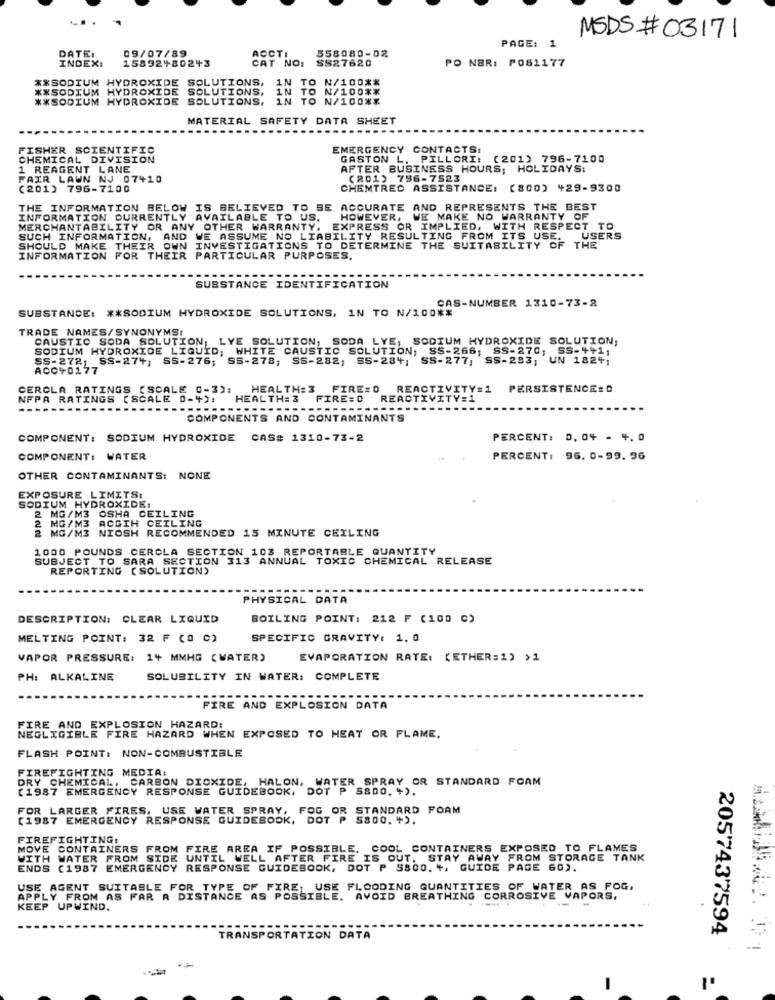
MSDS #03171
DATE:
ACCTI
PAGE: 1
INDEXI
15892480243
09/07/89
CAT NO:
558080-02
SS27620
PO NER: POS1177
** SODIUM HYDROXIDE SOLUTIONS, 1N TO N/100 **
** SODIUM HYDROXIDE SOLUTIONS, IN TO N/100 **
** SODIUM HYDROXIDE SOLUTIONS, IN TO N/100 **
N/100 **
MATERIAL SAFETY DATA SHEET
FISHER SCIENTIFIC
EMERGENCY CONTACTS:
CHEMICAL DIVISION
GASTON L. PILLORI: (201) 796-7100
1 REAGENT LANE
AFTER BUSINESS HOURS; HOLIDAYS:
FAIR LAWN NJ 07410
(201) 796-7523
(201) 796-7100
CHEMTREC ASSISTANCE: (800) 429-9300
THE INFORMATION BELOW IS BELIEVED TO BE ACCURATE AND REPRESENTS THE BEST
INFORMATION CURRENTLY AVAILABLE TO US.
HOWEVER, WE MAKE NO WARRANTY OF
MERCHANTABILITY OR ANY OTHER WARRANTY. EXPRESS OR IMPLIED, WITH RESPECT TO
SUCH INFORMATION, AND WE ASSUME NO LIABILITY RESULTING FROM ITS USE.
USERS
SHOULD MAKE THEIR OWN INVESTIGATIONS TO DETERMINE THE SUITABILITY OF THE
INFORMATION FOR THEIR PARTICULAR PURPOSES.
SUBSTANCE IDENTIFICATION
CAS-NUMBER 1310-73-2
SUBSTANCE: ** SODIUM HYDROXIDE SOLUTIONS, 1N TO N/100 **
TRADE NAMES/SYNONYMS:
CAUSTIC SODA SOLUTION; LYE SOLUTION, SODA LYE, SODIUM HYDROXIDE SOLUTION,
SODIUM HYDROXIDE LIQUID; WHITE CAUSTIC SOLUTION, SS-266; SS-270; SS-"#1;
SS-272; SS-274; SS-276; SS-278; SS-282; SS-284; SS-277, SS-283; UN 1824;
ACC40177
CEROLA RATINGS [SCALE 0-3):
HEALTH: 3
FIRE# 0
REACTIVITY=1
PERSISTENCE: D
NFPA RATINGS (SCALE 0-4):
HEALTH: 3
FIRE:0
REACTIVITY:1
-----
COMPONENTS AND CONTAMINANTS
COMPONENT: SODIUM HYDROXIDE
CAS# 1310-73-2
PERCENT: 0.04 - 4. 0
COMPONENT: WATER
PERCENT: 96. 0-99. 36
OTHER CONTAMINANTS: NONE
EXPOSURE LIMITS:
SODIUM HYDROXIDE,
2MG/M3 OSHA CEILING
MG/M3 ACGIH CEILING
2 MG/M3 NIOSH RECOMMENDED 15 MINUTE CEILING
1000 POUNDS CERCLA SECTION 103 REPORTABLE QUANTITY
SUBJECT TO SARA SECTION 313 ANNUAL TOXIC CHEMICAL RELEASE
REPORTING ( SOLUTION)
PHYSICAL DATA
DESCRIPTION: CLEAR LIQUID
BOILING POINT: 212 ₣ (100 C)
MELTING POINT: 32 F (0 0)
SPECIFIC GRAVITY: 1. 0
VAPOR PRESSURE: 14 MMHG ( WATER)
EVAPORATION RATE: (ETHER= 1) >1
PH: ALKALINE
SOLUBILITY IN WATER: COMPLETE
FIRE AND EXPLOSION DATA
FIRE AND EXPLOSION HAZARD:
NEGLIGIBLE FIRE HAZARD WHEN EXPOSED TO HEAT OR FLAME.
FLASH POINT: NON-COMBUSTIBLE
FIREFIGHTING MEDIA:
DRY CHEMICAL, CARBON DIOXIDE, HALON, WATER SPRAY OR STANDARD FORM
[1987 EMERGENCY RESPONSE GUIDEBOOK, DOT P 5800. +).
FOR LARGER FIRES. USE WATER SPRAY, FOG OR STANDARD FOAM
[1987 EMERGENCY RESPONSE GUIDEBOOK, DOT P 5800. ").
FIREFIGHTING:
MOVE CONTAINERS FROM FIRE AREA IF POSSIBLE, COOL CONTAINERS EXPOSED TO FLAMES
WITH WATER FROM SIDE UNTIL WELL AFTER FIRE IS OUT. STAY AWAY FROM STORAGE TANK
ENDS (1987 EMERGENCY RESPONSE GUIDEBOOK, DOT P 5800. ", GUIDE PAGE 60).
USE AGENT SUITABLE FOR TYPE OF FIRE, USE FLOODING QUANTITIES OF WATER AS FOG,
APPLY FROM AS FAR A DISTANCE AS POSSIBLE. AVOID BREATHING CORROSIVE VAPORS.
KEEP UPWIND.
2057437594
TRANSPORTATION DATA